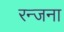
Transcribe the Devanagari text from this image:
रन्जना